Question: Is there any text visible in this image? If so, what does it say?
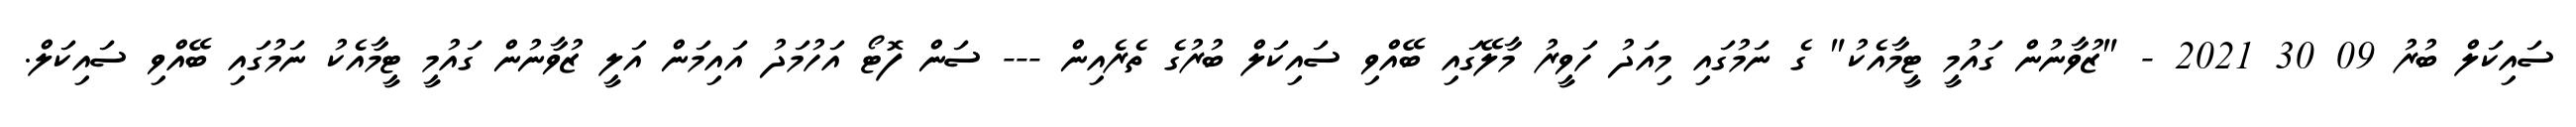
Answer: ސައިކަލް ބުރު 09 30 2021 - "ޒުވާނުން ގައުމީ ޓީމާއެކު" ގެ ނަމުގައި މިއަދު ހަވީރު މާލޭގައި ބޭއްވި ސައިކަލް ބުރުގެ ތެރެއިން --- ސަން ފޮޓޯ އަހުމަދު އައިމަން އަލީ ޒުވާނުން ގައުމީ ޓީމާއެކު ނަމުގައި ބޭއްވި ސައިކަލް.